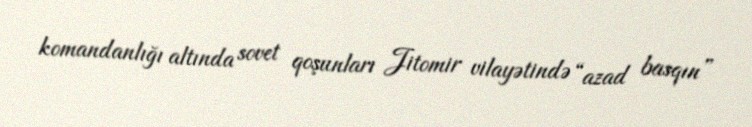
komandanlığı altında sovet qoşunları Jitomir vilayətində “azad basqın”